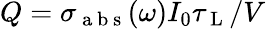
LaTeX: Q=\sigma_{\mathrm{~a~b~s~}}(\omega)I_{0}\tau_{\mathrm{~L~}}/V